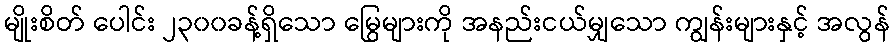
မျိုးစိတ် ပေါင်း ၂၃၀၀ခန့်ရှိသော မြွေများကို အနည်းငယ်မျှသော ကျွန်းများနှင့် အလွန်